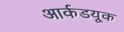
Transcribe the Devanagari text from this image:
आर्कडयूक